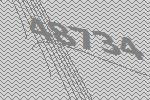
48734